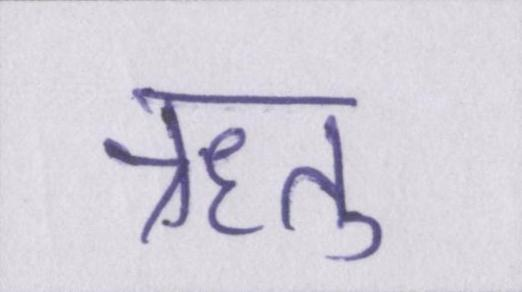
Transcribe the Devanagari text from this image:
ऋतु